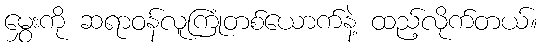
မွှေးကို ဆရာဝန်လူကြုံတစ်ယောက်နဲ့ ထည့်လိုက်တယ်။